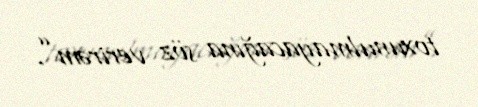
toxunulmayacağına söz verirəm”.